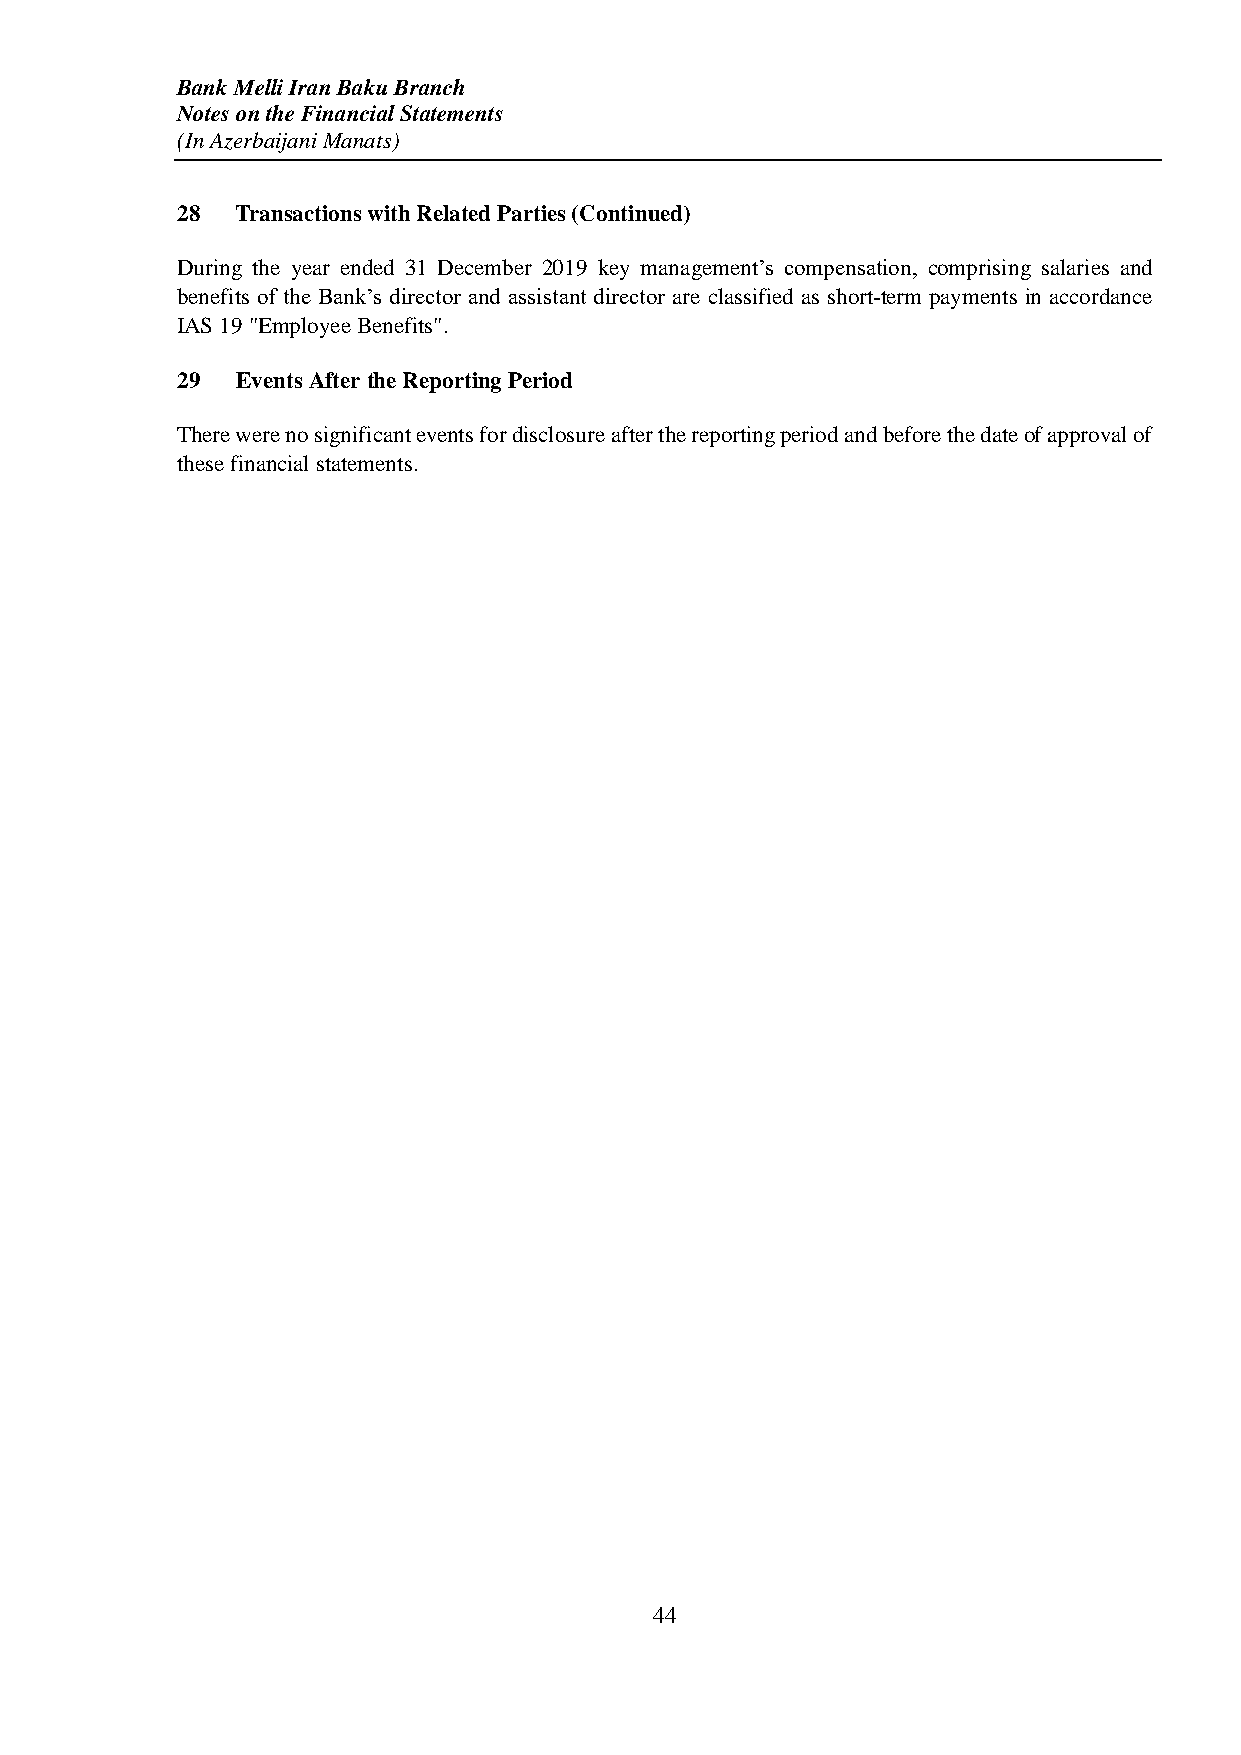
Bank Melli Iran Baku Branch
 Notes on the Financial Statements
 (In Azerbaijani Manats)
 28  Transactions with Related Parties (Continued)
 During the year ended 31 December 2019 key management’s compensation, comprising salaries and
 benefits of the Bank’s director and assistant director are classified as short-term payments in accordance
 IAS 19 "Employee Benefits".
 29  Events After the Reporting Period
 There were no significant events for disclosure after the reporting period and before the date of approval of
 these financial statements.
 44